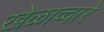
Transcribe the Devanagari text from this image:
खेळाव्दारे